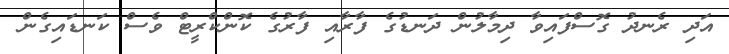
އަދި ރެނދު ގޮސްފައިވާ ދިމާލުން ދަނޑުގެ ފާރާއި ފާރުގެ ކޮންކްރީޓް ވެސް ކަނޑައިގެން